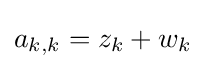
a_{k,k}=z_{k}+w_{k}